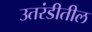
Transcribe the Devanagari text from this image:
उतरंडीतील